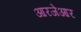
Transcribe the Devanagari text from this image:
आरजेआर